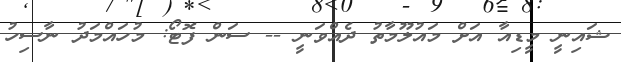
ޝައިނީ މީޑިއާ އަށް މައުލޫމާތު ދެއްވަނީ -- ސަން ފޮޓޯ: މުހައްމަދު ނާސިހު